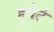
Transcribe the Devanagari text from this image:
हुबेर्ट